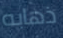
ذهابه